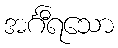
အင်္ဂီရသော